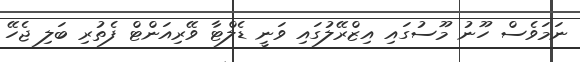
ނަމަވެސް ހޫނު މޫސުގައި އިޒްރޭލުގައި ވަނީ ޑެލްޓާ ވޭރިއަންޓް ފެތުރި ބަލި ޖެހޭ